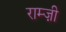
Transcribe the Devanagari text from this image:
राम्ज़ी